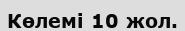
Көлемі 10 жол.